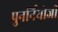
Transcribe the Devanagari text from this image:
पुनर्नियोजी